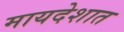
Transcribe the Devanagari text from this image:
मायदेशात